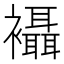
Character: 襵